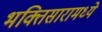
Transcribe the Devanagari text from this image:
भक्तिसारामध्ये